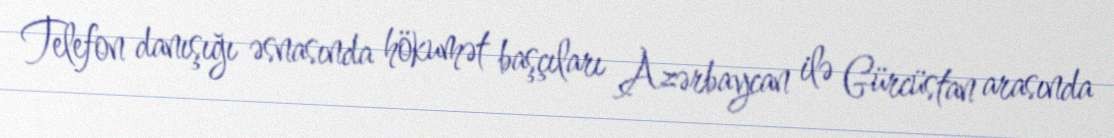
Telefon danışığı əsnasında hökumət başçıları Azərbaycan ilə Gürcüstan arasında